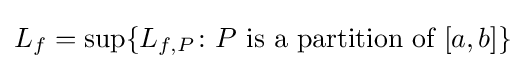
L_{f}=\sup\{L_{f,P}\colon P{\text{ is a partition of }}[a,b]\}